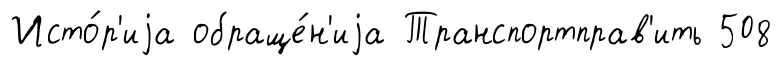
Исто́р'иjа обраще́н'иjа Транспортправ'ить 508